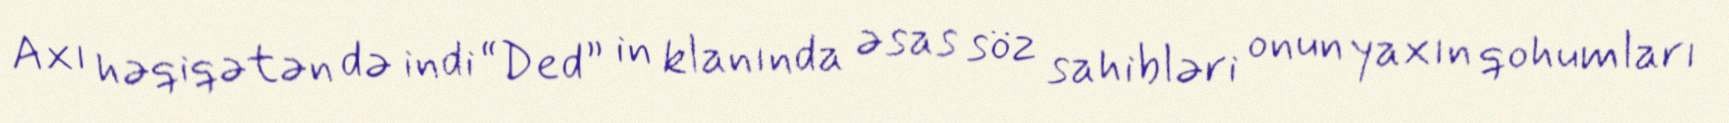
Axı həqiqətən də indi “Ded” in klanında əsas söz sahibləri onun yaxın qohumları